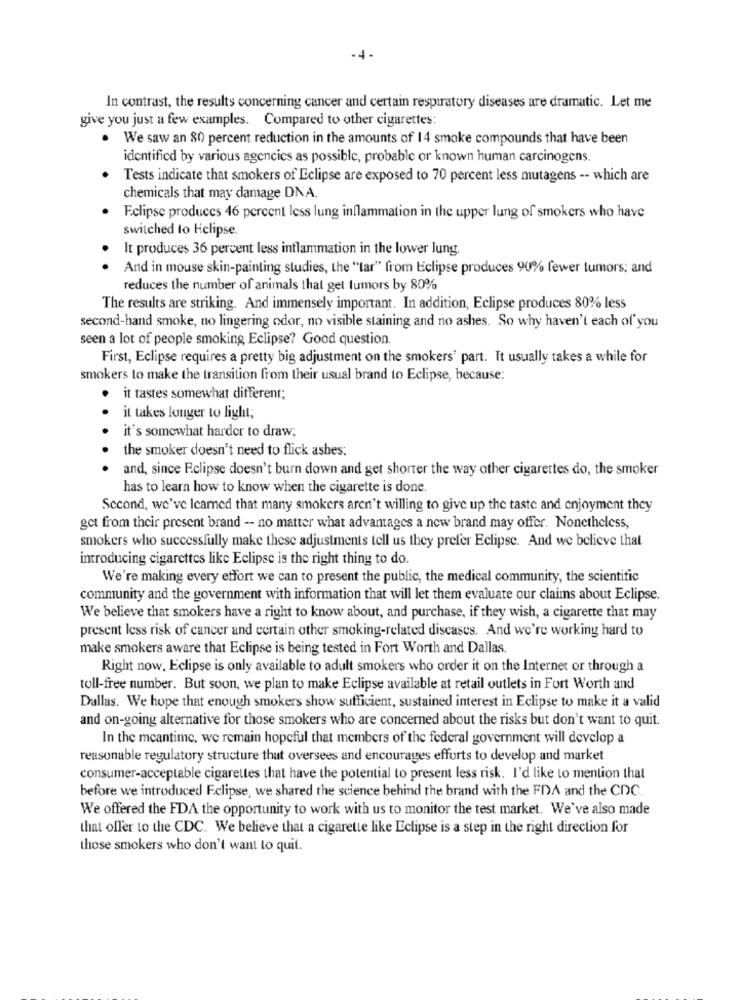
-4 -
In contrast, the results concerning cancer and certain respiratory diseases are dramatic. Let me
give you just a few examples. Compared to other cigarettes:
We saw an 80 percent reduction in the amounts of 14 smoke compounds that have been
identified by various agencies as possible, probable or known human carcinogens.
Tests indicate that smokers of Eclipse are exposed to 70 percent less mutagens -- which are
chemicals that may damage DNA.
Eclipse produces 46 percent less lung inflammation in the upper lung of smokers who have
switched to Hclipse.
It produces 36 percent less inflammation in the lower lung.
.
And in mouse skin-painting studies, the ""tar" from Eclipse produces 90% fewer tumors; and
reduces the number of animals that get tumors by 80%
The results are striking. And immensely important. In addition, Eclipse produces 80% less
second-hand smoke, no lingering odor, no visible staining and no ashes. So why haven't each of you
seen a lot of people smoking Eclipse? Good question
First, Eclipse requires a pretty big adjustment on the smokers' part. It usually takes a while for
smokers to make the transition from their usual brand to Eclipse, because:
. it tastes somewhat different;
it takes longer to light;
it's somewhat harder to draw;
the smoker doesn't need to flick ashes:
and, since Eclipse doesn't burn down and get shorter the way other cigarettes do, the smoker
has to learn how to know when the cigarette is done.
Second, we've learned that many smokers aren't willing to give up the taste and enjoyment they
get from their present brand -- no matter what advantages a new brand may offer. Nonetheless,
smokers who successfully make these adjustments tell us they prefer Eclipse. And we believe that
introducing cigarettes like Eclipse is the right thing to do.
We're making every effort we can to present the public, the medical community, the scientific
community and the government with information that will let them evaluate our claims about Eclipse.
We believe that smokers have a right to know about, and purchase, if they wish, a cigarette that may
present less risk of cancer and certain other smoking-related diseases. And we're working hard to
make smokers aware that Eclipse is being tested in Fort Worth and Dallas.
Right now, Eclipse is only available to adult smokers who order it on the Internet or through a
toll-free number. But soon, we plan to make Eclipse available at retail outlets in Fort Worth and
Dallas. We hope that enough smokers show sufficient, sustained interest in Eclipse to make it a valid
and on-going alternative for those smokers who are concerned about the risks but don't want to quit.
In the meantime, we remain hopeful that members of the federal government will develop a
reasonable regulatory structure that oversees and encourages efforts to develop and market
consumer-acceptable cigarettes that have the potential to present less risk. I'd like to mention that
before we introduced Eclipse, we shared the science behind the brand with the FDA and the CDC.
We offered the FDA the opportunity to work with us to monitor the test market. We've also made
that offer to the CDC. We believe that a cigarette like Eclipse is a step in the right direction for
those smokers who don't want to quit.